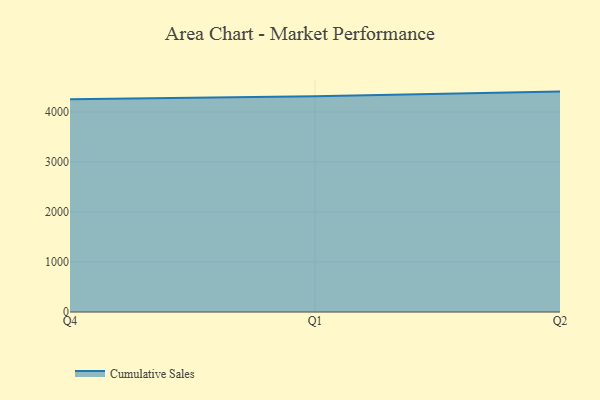
{"axis": {"x": "Quarter", "y": "Active Users"}, "legend": ["Cumulative Sales"], "data": [{"x": "Q4", "y": 4253.4, "type": "Cumulative Sales"}, {"x": "Q1", "y": 4314.3, "type": "Cumulative Sales"}, {"x": "Q2", "y": 4405.3, "type": "Cumulative Sales"}]}